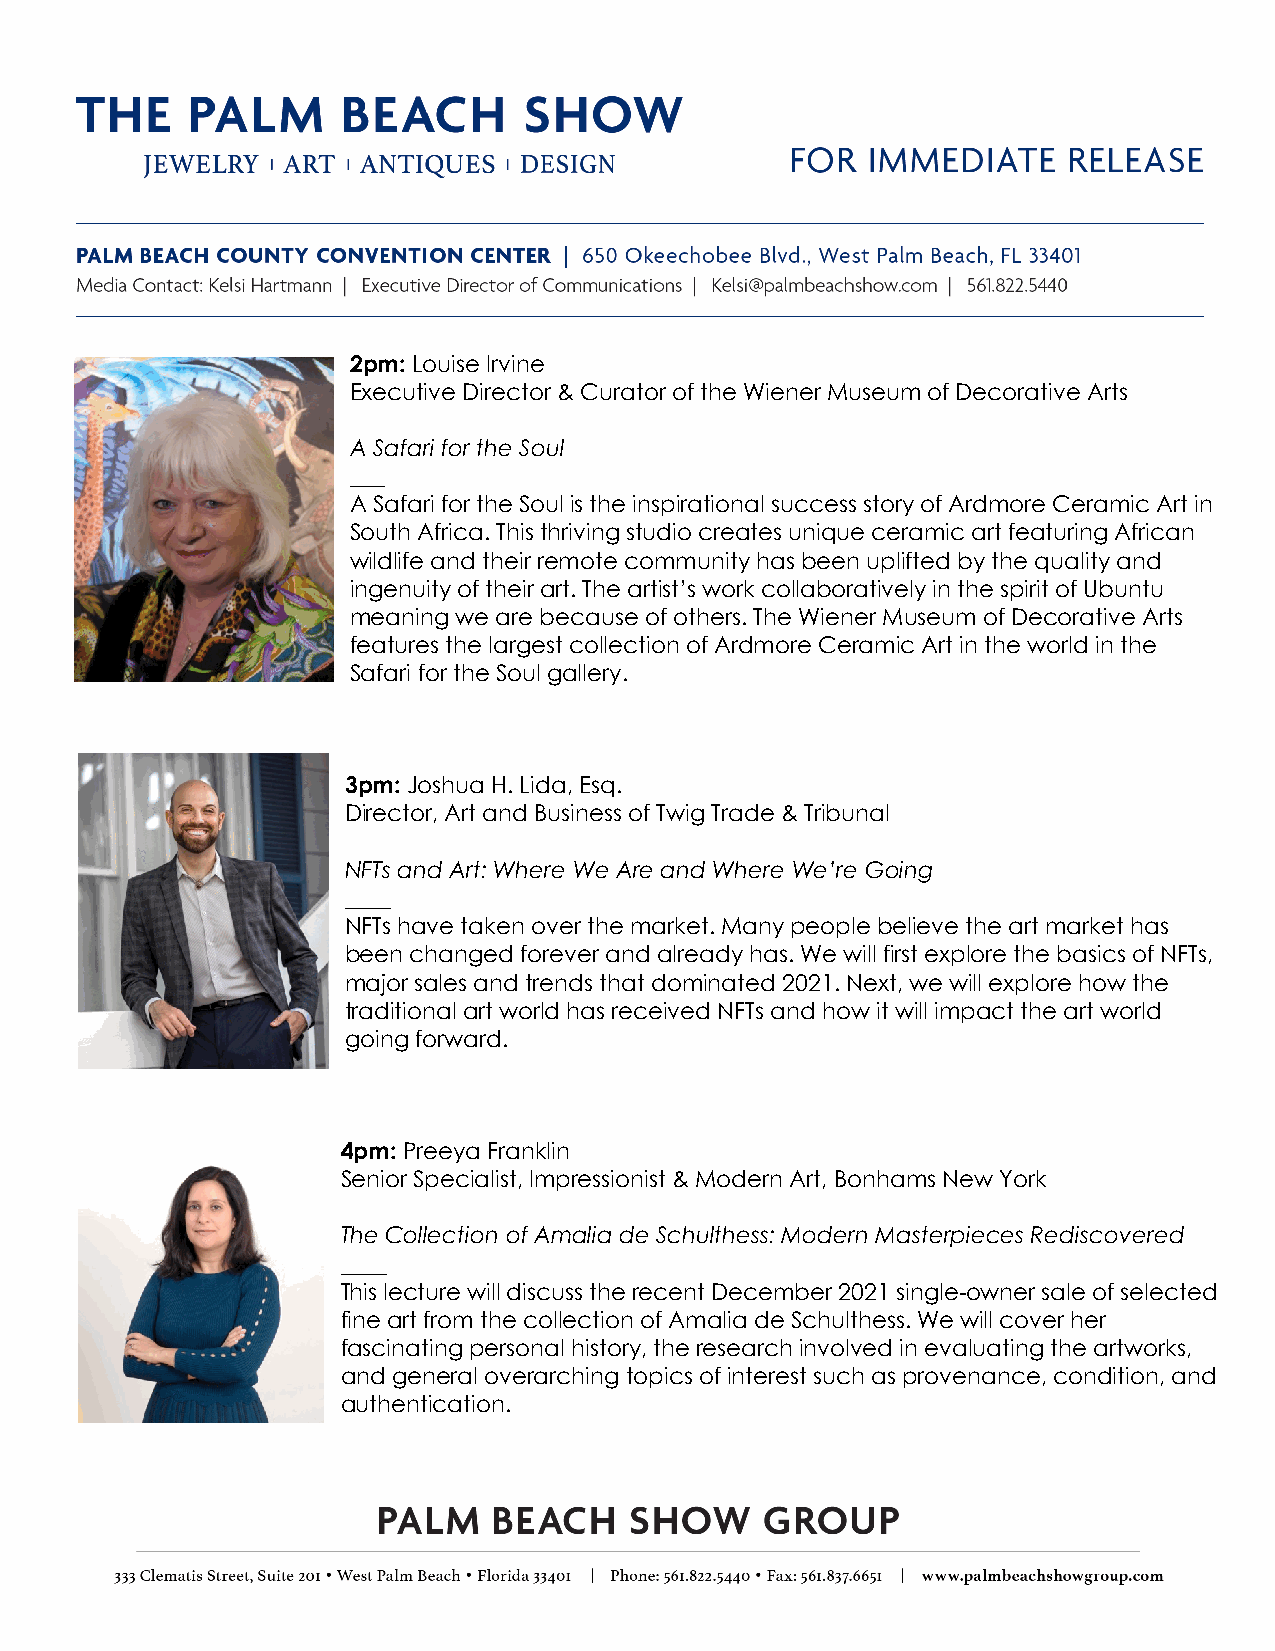
2pm: Louise Irvine
 Executive Director & Curator of the Wiener Museum of Decorative Arts
 A Safari for the Soul
 ___
 A Safari for the Soul is the inspirational success story of Ardmore Ceramic Art in
 South Africa. This thriving studio creates unique ceramic art featuring African
 wildlife and their remote community has been uplifted by the quality and
 ingenuity of their art. The artist’s work collaboratively in the spirit of Ubuntu
 meaning we are because of others. The Wiener Museum of Decorative Arts
 features the largest collection of Ardmore Ceramic Art in the world in the
 Safari for the Soul gallery.
 3pm: Joshua H. Lida, Esq.
 Director, Art and Business of Twig Trade & Tribunal
 NFTs and Art: Where We Are and Where We’re Going
 ____
 NFTs have taken over the market. Many people believe the art market has
 been changed forever and already has. We will first explore the basics of NFTs,
 major sales and trends that dominated 2021. Next, we will explore how the
 traditional art world has received NFTs and how it will impact the art world
 going forward.
 4pm: Preeya Franklin
 Senior Specialist, Impressionist & Modern Art, Bonhams New York
 The Collection of Amalia de Schulthess: Modern Masterpieces Rediscovered
 ____
 This lecture will discuss the recent December 2021 single-owner sale of selected
 fine art from the collection of Amalia de Schulthess. We will cover her
 fascinating personal history, the research involved in evaluating the artworks,
 and general overarching topics of interest such as provenance, condition, and
 authentication.